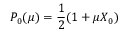
P _ { 0 } ( \mu ) = \frac { 1 } { 2 } ( 1 + \mu X _ { 0 } )